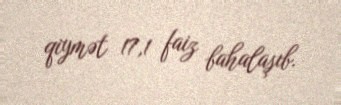
qiymət 17,1 faiz bahalaşıb.